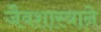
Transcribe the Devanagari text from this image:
जैवशास्त्राने